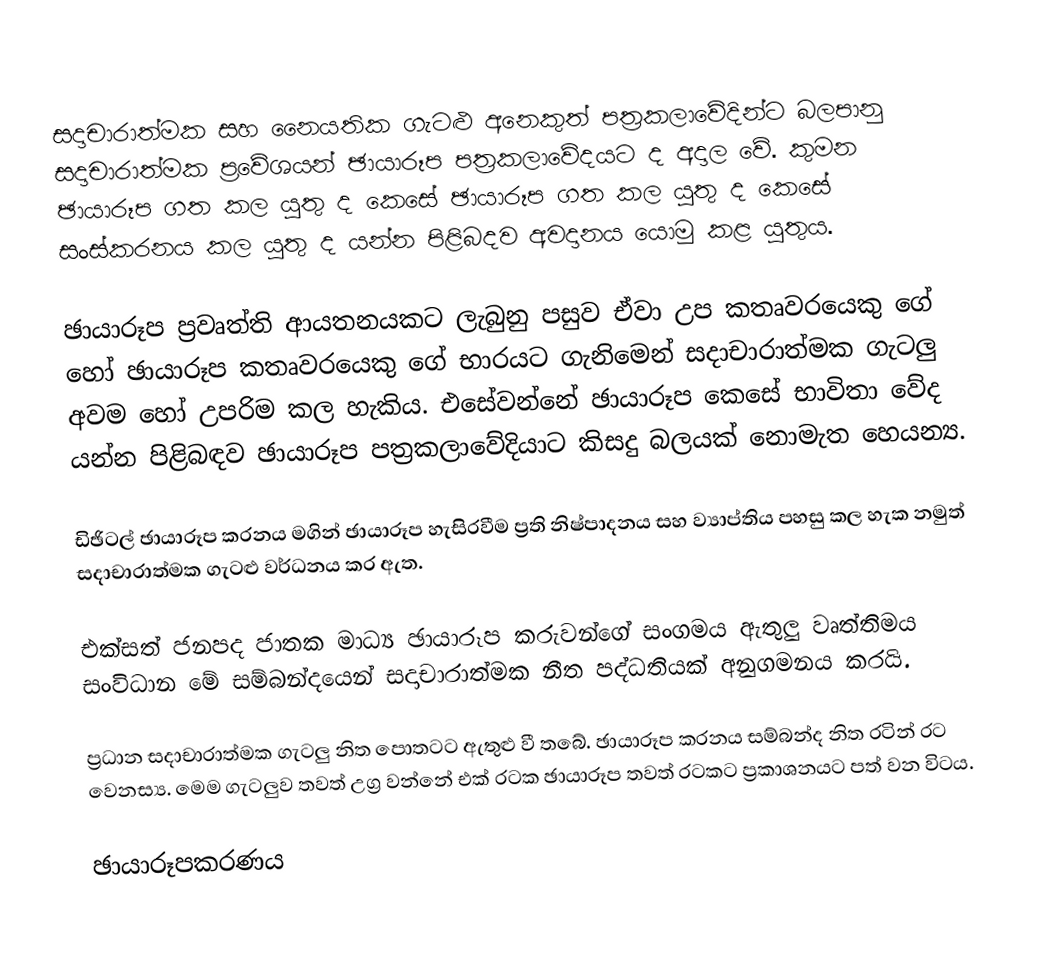
සදාචාරාත්මක සහ නෛයතික ගැටළු අනෙකුත් පත්‍රකලාවේදින්ට බලපානු සදාචාරාත්මක ප්‍රවේශයන් ඡායාරූප පත්‍රකලාවේදයට ද  අදාල වේ. කුමන ඡායාරූප ගත කල යුතු ද කෙසේ ඡායාරූප ගත කල යුතු ද කෙසේ සංස්කරනය කල යුතු ද යන්න පිළිබදව අවදානය යොමු කළ යුතුය.

ඡායාරූප ප්‍රවෘත්ති ආයතනයකට ලැබුනු පසුව ඒවා උප කතෘවරයෙකු ගේ හෝ ඡායාරූප කතෘවරයෙකු ගේ භාරයට ගැනිමෙන් සදාචාරාත්මක ගැටලු අවම හෝ උපරිම කල හැකිය. එසේවන්නේ ඡායාරූප කෙසේ භාවිතා වේද යන්න පිළිබඳව ඡායාරූප පත්‍රකලාවේදියාට කිසදු බලයක් නොමැත හෙයන්‍ය.

ඩිඡිටල් ඡායාරූප කරනය මගින් ඡායාරූප හැසිරවීම ප්‍රති නිෂ්පාදනය සහ ව්‍යාප්තිය පහසු කල හැක නමුත් සදාචාරාත්මක ගැටළු වර්ධනය කර ඇත.

එක්සත් ජනපද ජාතක මාධ්‍ය ඡායාරූප කරුවන්ගේ සංගමය ඇතුලු වෘත්තිමය සංවිධාන මේ සම්බන්දයෙන් සදාචාරාත්මක නීත පද්ධතියක් අනුගමනය කරයි.

ප්‍රධාන සදාචාරාත්මක ගැටලු නිත පොතටට ඇතුළු වී තබේ. ඡායාරූප කරනය සම්බන්ද නිත රටින් රට වෙනස්‍ය. මෙම ගැටලුව තවත් උග්‍ර වන්නේ එක් රටක ඡායාරූප තවත් රටකට ප්‍රකාශනයට පත් වන විටය.

ඡායාරූපකරණය